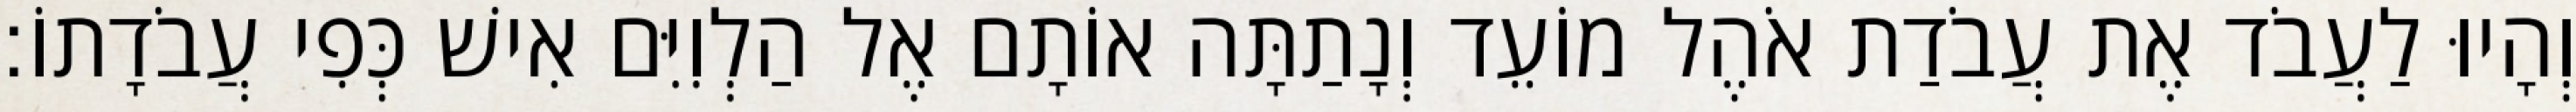
וְהָיוּ לַעֲבֹד אֶת עֲבֹדַת אֹהֶל מוֹעֵד וְנָתַתָּה אוֹתָם אֶל הַלְוִיִּם אִישׁ כְּפִי עֲבֹדָתוֹ׃